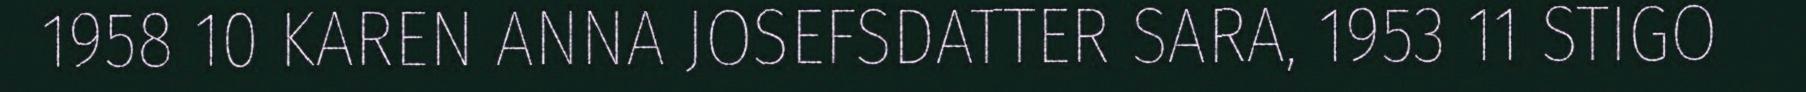
1958 10 KAREN ANNA JOSEFSDATTER SARA, 1953 11 STIGO